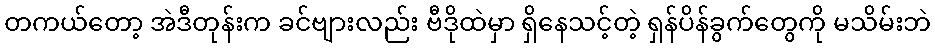
တကယ်တော့ အဲဒီတုန်းက ခင်ဗျားလည်း ဗီဒိုထဲမှာ ရှိနေသင့်တဲ့ ရှန်ပိန်ခွက်တွေကို မသိမ်းဘဲ